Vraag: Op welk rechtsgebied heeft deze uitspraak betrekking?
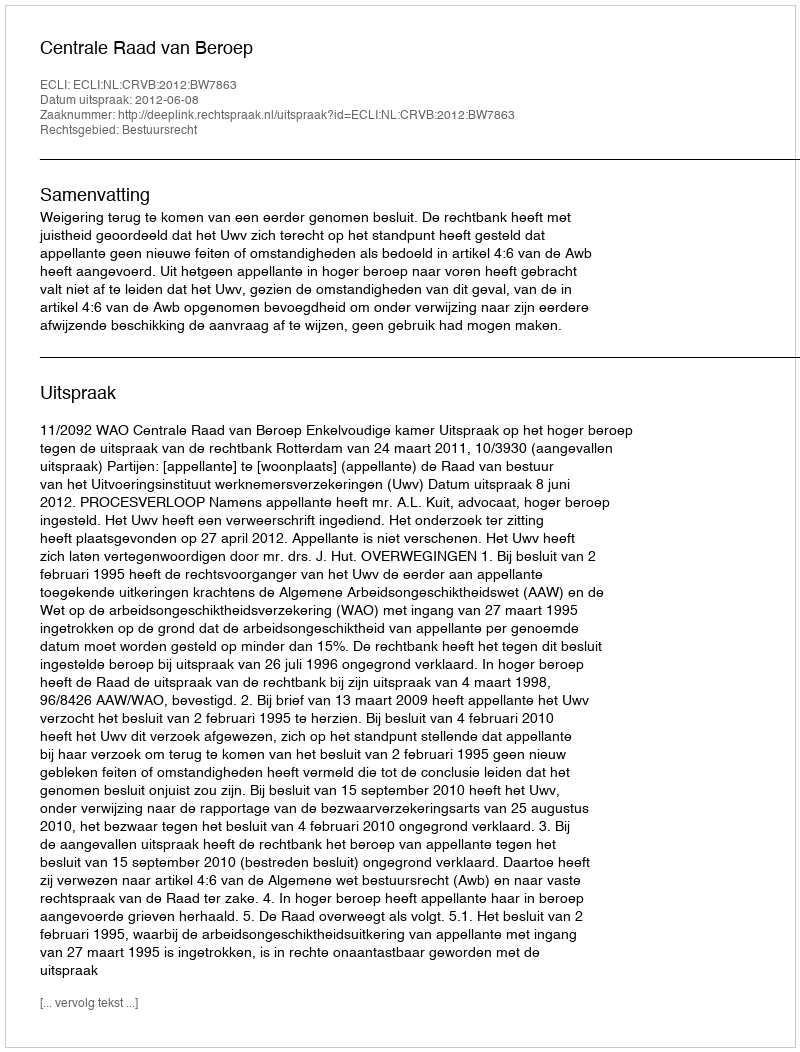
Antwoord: Bestuursrecht